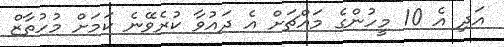
އަދި އެ 10 މީހުންގެ މައްޗަށް އެ ދައުވާ ކުރެވޭނެ ކަމަށް މުހުތާޒް